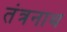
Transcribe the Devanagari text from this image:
तंत्रनाथ